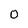
Character: O